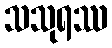
သသုရဿ